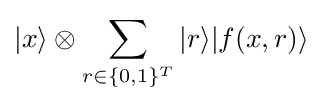
|x\rangle \otimes \sum _{r\in \{0,1\}^{T}}|r\rangle |f(x,r)\rangle